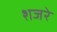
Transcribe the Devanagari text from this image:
शजरे